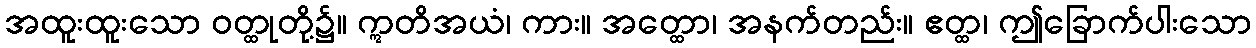
အထူးထူးသော ဝတ္ထုတို့၌။ ဣတိအယံ၊ ကား။ အတ္ထော၊ အနက်တည်း။ ဧတ္ထ၊ ဤခြောက်ပါးသော